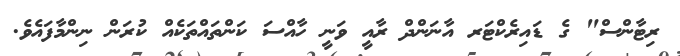
ރިޓާންސް" ގެ ޑައިރެކްޓަރ އާނަންދް ރާއީ ވަނީ ހާއްސަ ކަންތައްތަކެއް ކުރަން ނިންމާފައެވެ.